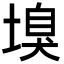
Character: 𡏣